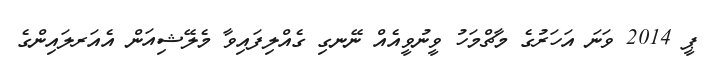
ޕީ 2014 ވަނަ އަހަރުގެ މާޗްމަހު ވީނުވީއެއް ނޭނގި ގެއްލިފައިވާ މެލޭޝިއަން އެއަރލައިންގެ